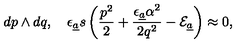
d p \wedge d q , \quad \epsilon _ { { \underline { a } } } s \left( \frac { p ^ { 2 } } { 2 } + \frac { \epsilon _ { { \underline { a } } } \alpha ^ { 2 } } { 2 q ^ { 2 } } - { \cal E } _ { \underline { a } } \right) \approx 0 ,